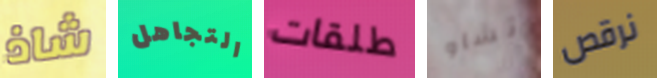
شاذ التجاهل طلقات تشاو نرقص